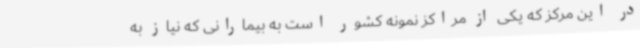
در این مرکز که یکی از مراکز نمونه کشور است به بیمارانی که نیاز به